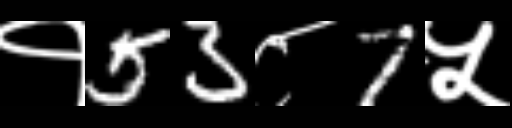
Text: १53८7५